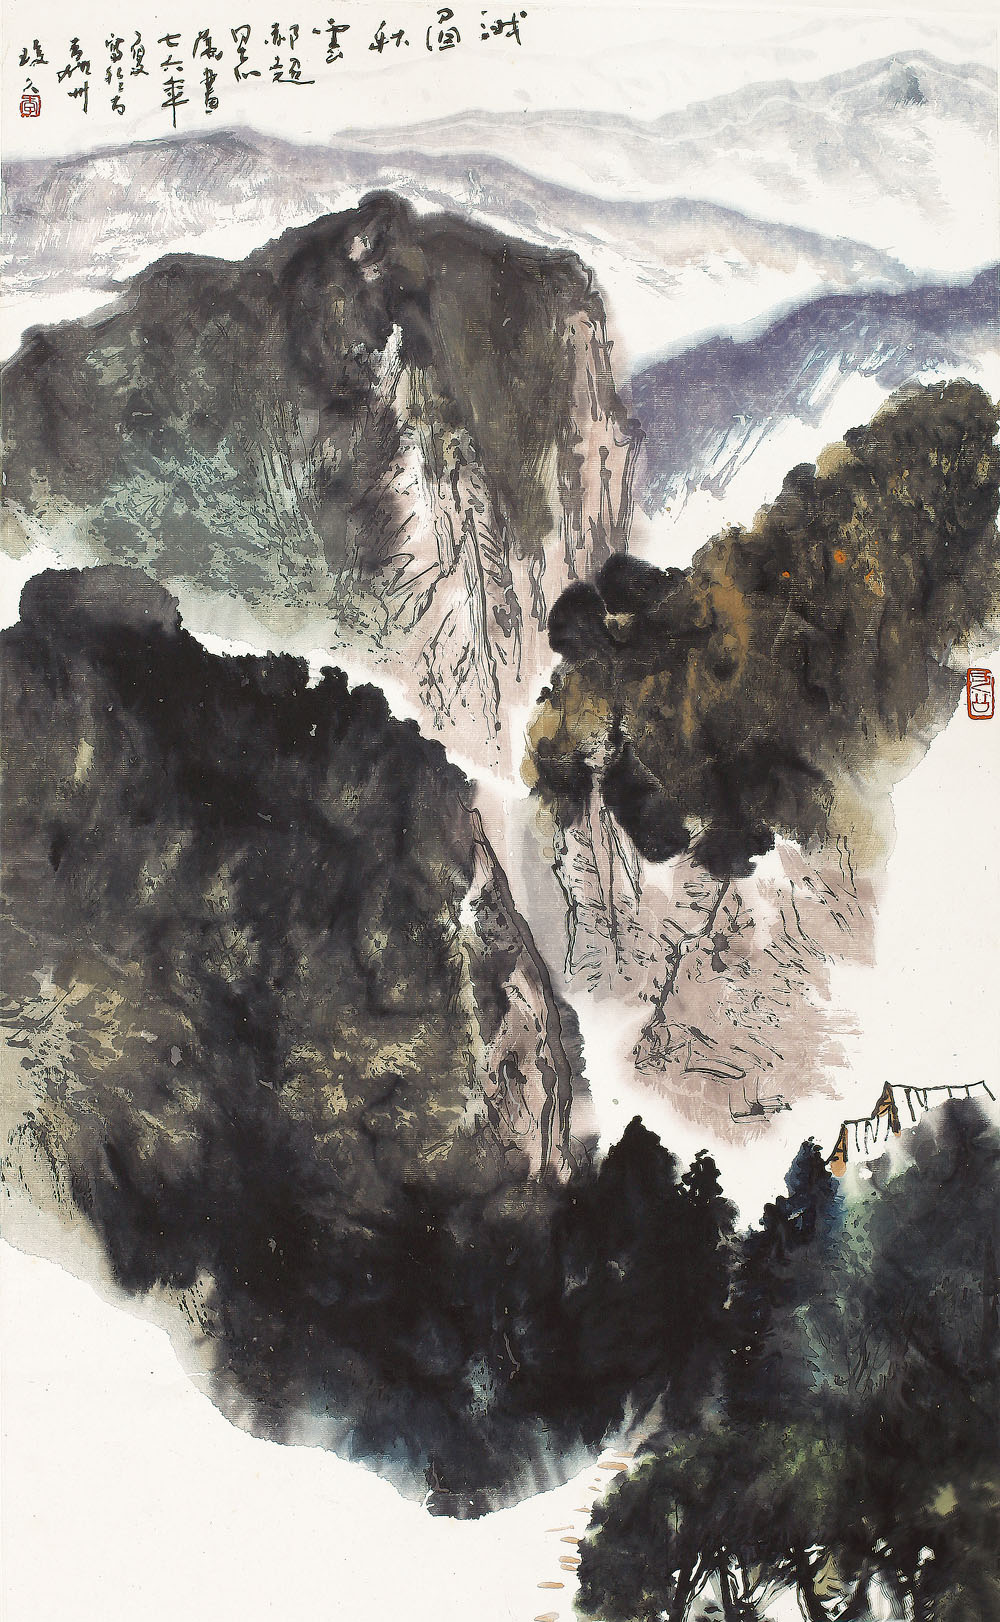
金河秋半虏弦开，云外惊飞四散哀。